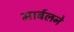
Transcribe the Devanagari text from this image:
मार्बलने